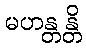
မဟန္တန္တိ